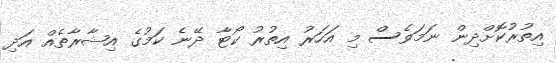
އިތުރުކޮށްދިން ނަމަވެސް މި އަހަރު އިތުރު ކޯޓާ ދޭނެ ކަމުގެ އިޝާރާތެއް އަދި